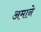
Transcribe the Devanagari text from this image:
अमाने